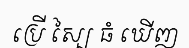
ប្រើ ស្បៃ ធំ ឃើញ